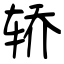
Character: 轿